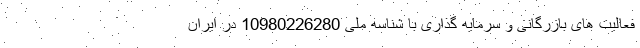
فعالیت های بازرگانی و سرمایه گذاری با شناسه ملی 10980226280 در ایران